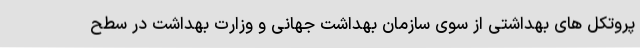
پروتکل های بهداشتی از سوی سازمان بهداشت جهانی و وزارت بهداشت در سطح